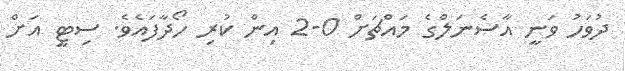
ދުވަހު ވަނީ އާސެނަލްގެ މައްޗަށް 0-2 އިން ކުރި ހޯދާފައެވެ. ސިޓީ އަށް